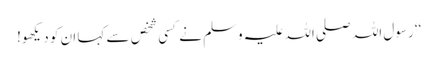
‘‘ رسول اللہ صلی اللہ علیہ وسلم نے کسی شخص سے کہا ان کو دیکھو!